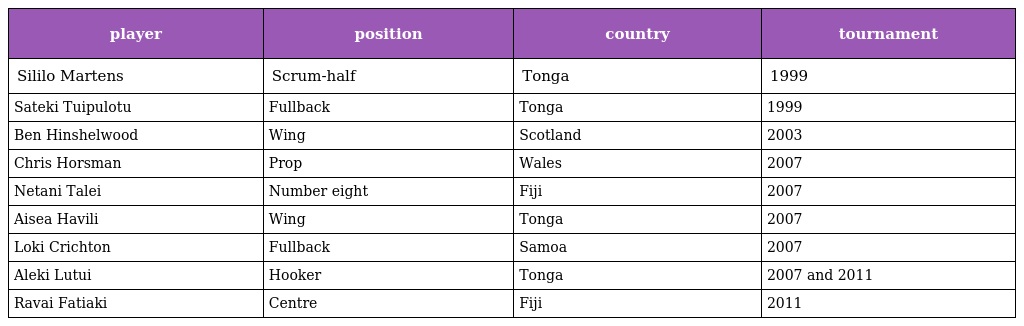
| player | position | country | tournament |
 | --- | --- | --- | --- |
 | Sililo Martens | Scrum-half | Tonga | 1999 |
 | Sateki Tuipulotu | Fullback | Tonga | 1999 |
 | Ben Hinshelwood | Wing | Scotland | 2003 |
 | Chris Horsman | Prop | Wales | 2007 |
 | Netani Talei | Number eight | Fiji | 2007 |
 | Aisea Havili | Wing | Tonga | 2007 |
 | Loki Crichton | Fullback | Samoa | 2007 |
 | Aleki Lutui | Hooker | Tonga | 2007 and 2011 |
 | Ravai Fatiaki | Centre | Fiji | 2011 |